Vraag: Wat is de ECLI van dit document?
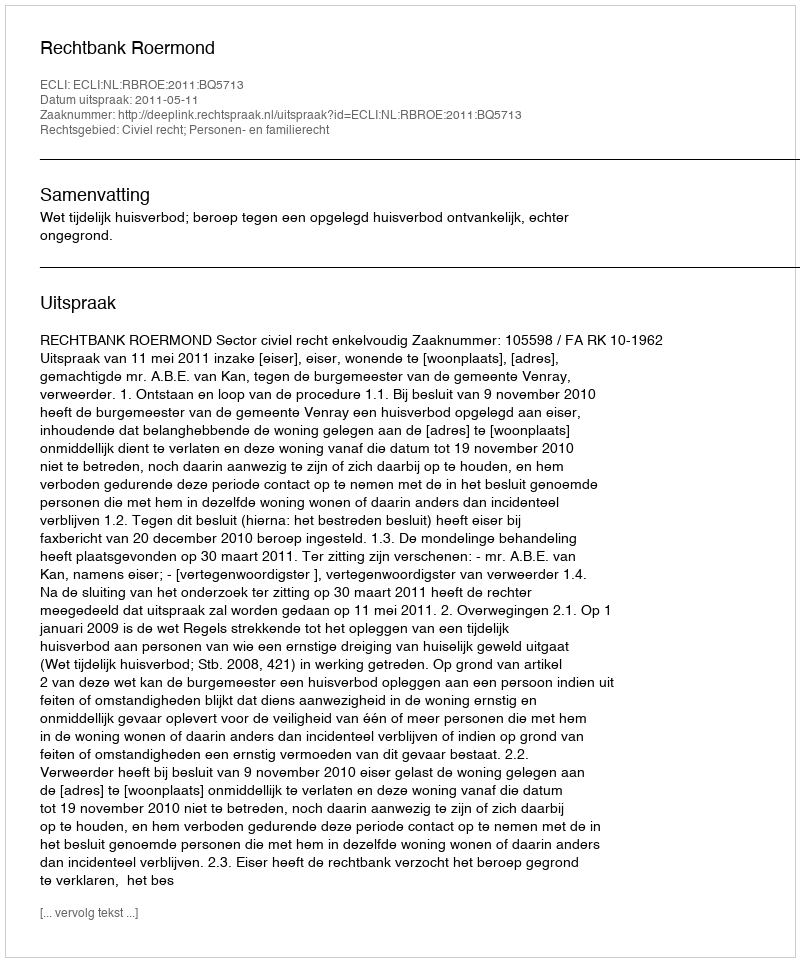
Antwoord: ECLI:NL:RBROE:2011:BQ5713